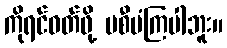
ကိုရင်ဝတ်ဖို့ မစီမံကြပါဘူး။